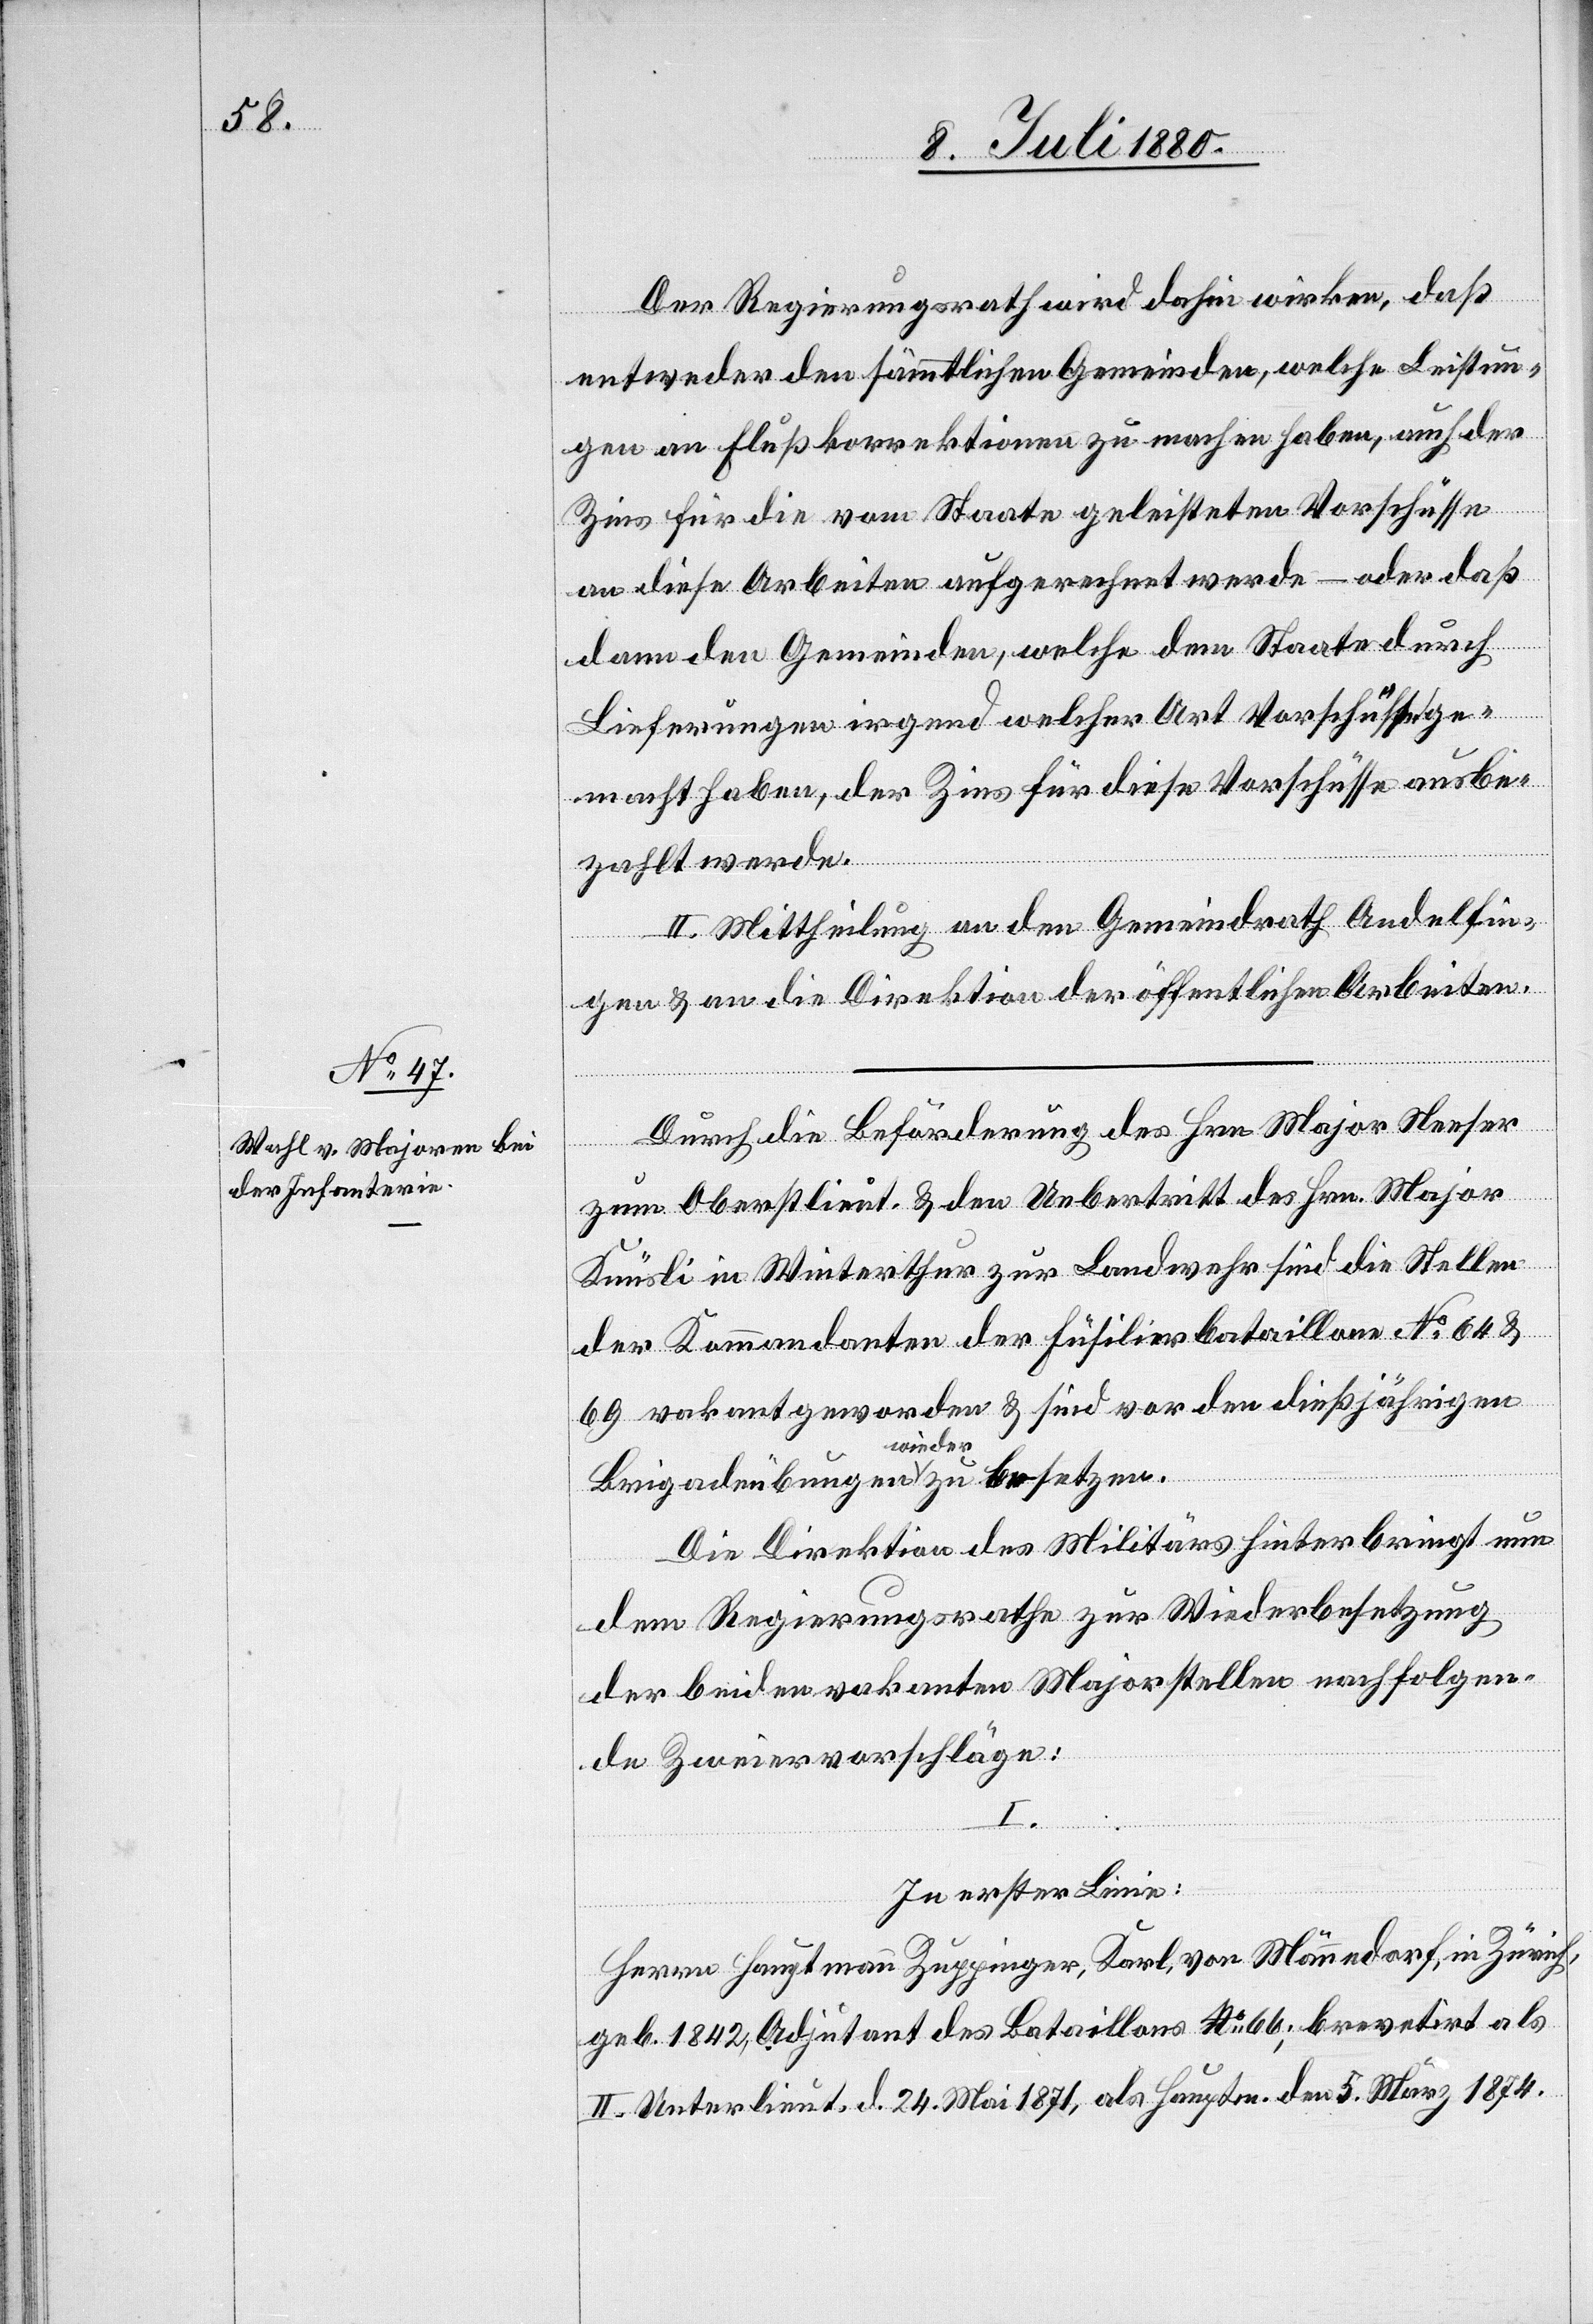
Der Regierungsrath wird dahin wirken, daß
entweder den sämmtlichen Gemeinden, welche Leistun¬
gen an Flußkorrektionen zu machen haben, auch der
Zins für die vom Staate geleisteten Vorschüsse
an diese Arbeiten aufgerechnet werde – oder daß
dann den Gemeinden, welche dem Staate durch
Lieferungen irgend welcher Art Vorschüsse ge¬
macht haben, der Zins für diese Vorschüsse ausbe¬
zahlt werde.
II. Mittheilung an den Gemeindrath Andelfin¬
gen & an die Direktion der öffentlichen Arbeiten.
Durch die Beförderung des Hrn. Major Neeser
zum Oberstlieut. & den Uebertritt des Hrn. Major
Knüsli in Winterthur zur Landwehr sind die Stellen
der Kommandanten der Füsilierbataillone No 64 &
69 vakant geworden & sind vor den dießjährigen
wieder
Die Direktion des Militärs hinterbringt nun
dem Regierungsrathe zur Wiederbesetzung
der beiden vakanten Majorstellen nachfolgen¬
de Zweiervorschläge:
I.
zu besetzen.
In erster Linie:
Herren Hauptmann Zuppinger, Karl, von Männedorf, in Zürich,
geb. 1842, Adjutant des Bataillons No 66; brevetirt als
II. Unterlieut. d. 24. Mai 1871, als Hauptm. den 5. März 1874.